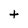
Character: t